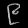
Digit: ၉